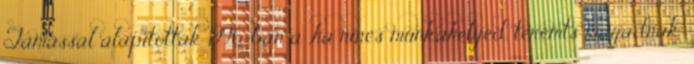
Tamással alapították 1996-ban a „ha nincs munkahelyed, teremts magadnak”